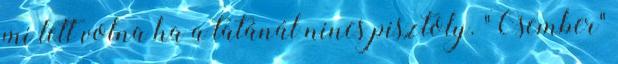
mi lett volna ha a tatánál nincs pisztoly. "Ősember"